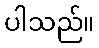
ပါသည်။